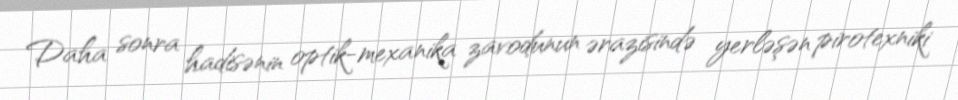
Daha sonra hadisənin optik-mexanika zavodunun ərazisində yerləşən pirotexniki